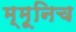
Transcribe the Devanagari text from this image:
म्मूनिच